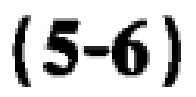
$(5 - 6)$